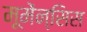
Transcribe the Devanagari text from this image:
मूमेंन्सिस